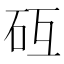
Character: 𰦧